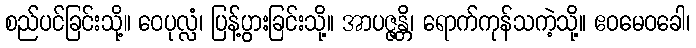
စည်ပင်ခြင်းသို့။ ဝေပုလ္လံ၊ ပြန့်ပွားခြင်းသို့။ အာပဇ္ဇန္တိ၊ ရောက်ကုန်သကဲ့သို့။ ဧဝမေဝခေါ၊